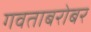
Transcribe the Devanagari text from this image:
गवताबरोबर